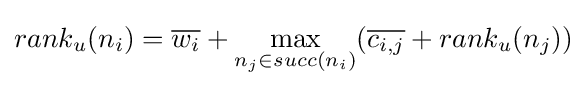
rank_{u}(n_{i})={\overline {w_{i}}}+\max _{n_{j}\in succ(n_{i})}({\overline {c_{i,j}}}+rank_{u}(n_{j}))